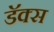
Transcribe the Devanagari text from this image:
डॅक्स